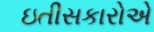
ઇતીસકારોએ